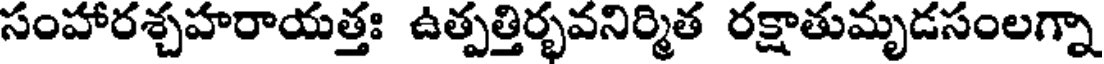
సంహారశ్చహరాయత్తః ఉత్పత్తిర్భవనిర్మిత రక్షాతుమృడసంలగ్నా